65_HS1-834228961_62-HQ-83894_Section_3
Agency: FBI
Page 80
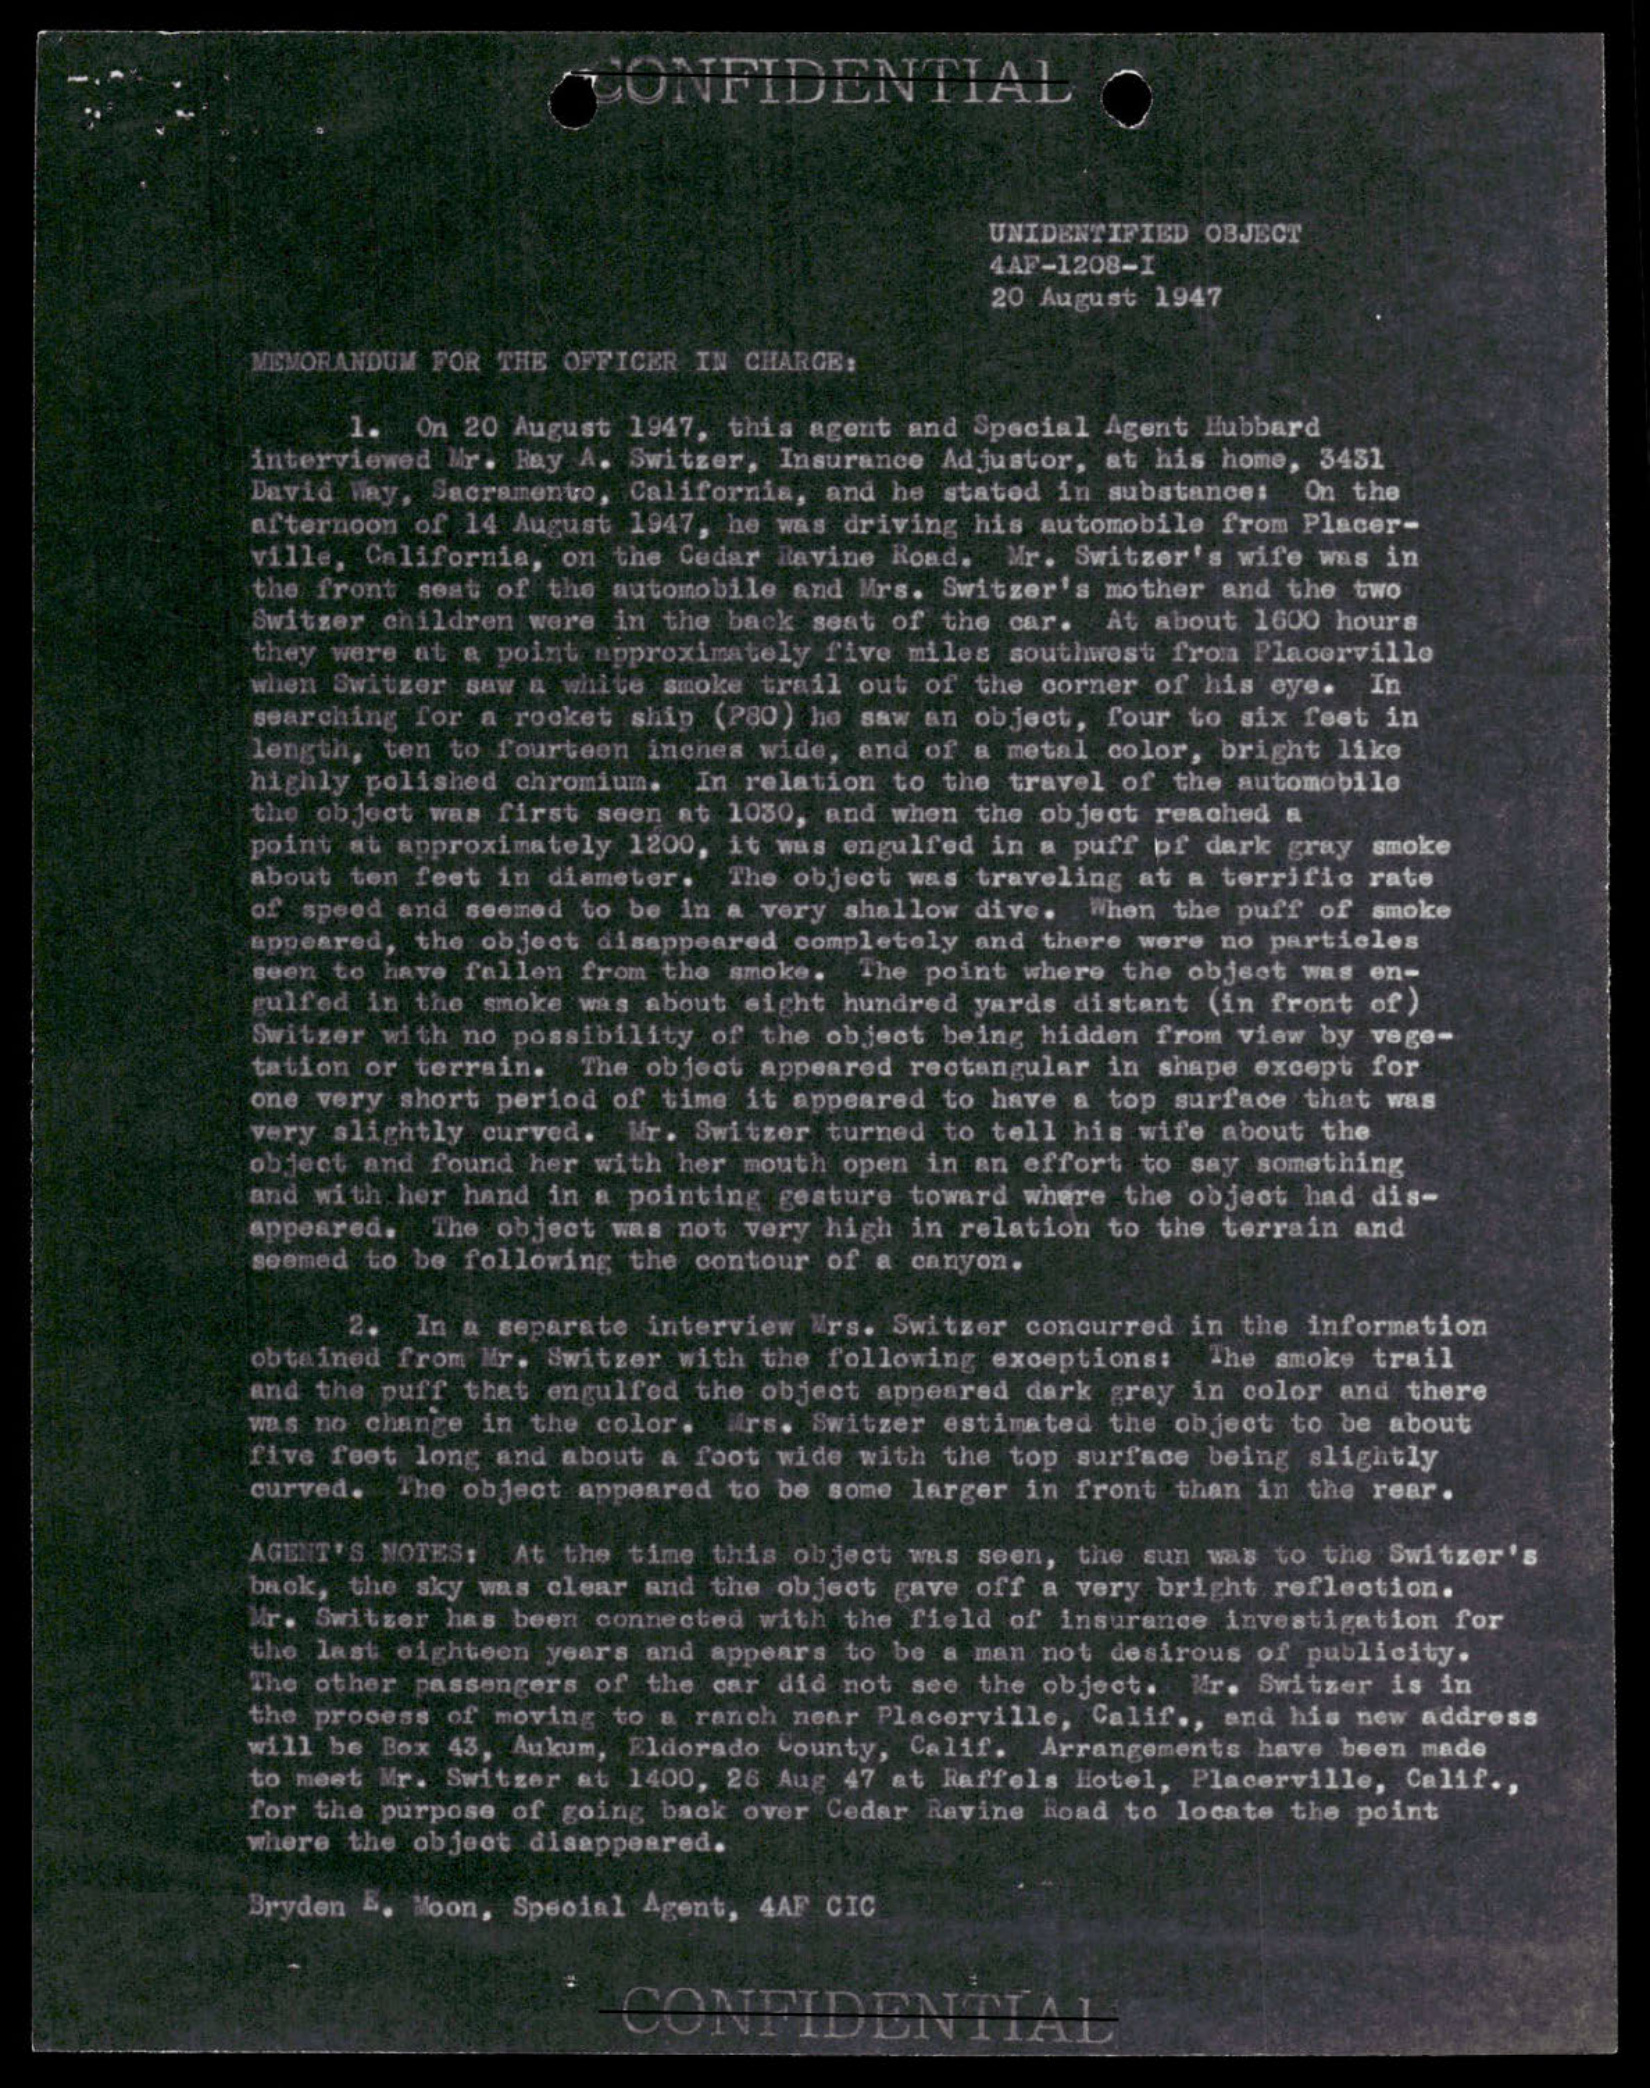